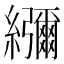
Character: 𦇯